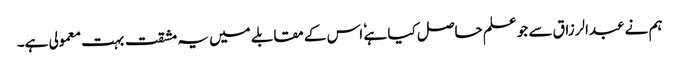
ہم نے عبدالرزاق سے جو علم حاصل کیا ہے ٗ اس کے مقابلے میں یہ مشقت بہت معمولی ہے۔